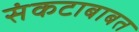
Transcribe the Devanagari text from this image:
संकटाबाबत